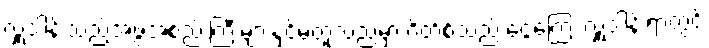
လှူဒါန်းသည့်အဖွဲ့အစည်းကြီးများနှင့်မတူသည်မှာ ဂိတ်စ်သည် ငွေကြေး လှူဒါန်းရာတွင်